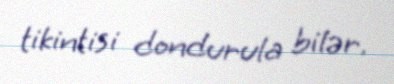
tikintisi dondurula bilər.